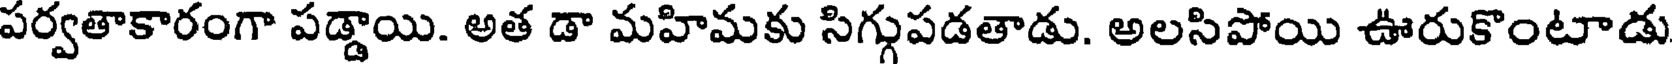
పర్వతాకారంగా పడ్డాయి. అత డా మహిమకు సిగ్గుపడతాడు. అలసిపోయి ఊరుకొంటాడు